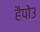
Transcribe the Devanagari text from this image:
हैपोउ